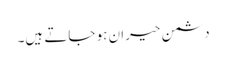
دشمن حیران ہو جاتے ہیں۔